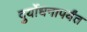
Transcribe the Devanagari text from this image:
दुर्योधनापर्यंत